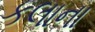
કલાના